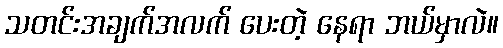
သတင်းအချက်အလက် ပေးတဲ့ နေရာ ဘယ်မှာလဲ။